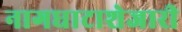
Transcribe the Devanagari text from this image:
नागघाटाशेजारी